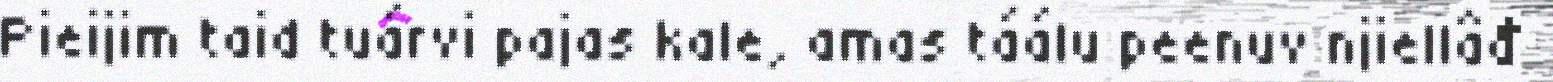
Pieijim taid tuárvi pajas kale, amas táálu peenuv njiellâđ